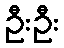
ဦးဦး